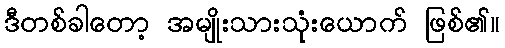
ဒီတစ်ခါတော့ အမျိုးသားသုံးယောက် ဖြစ်၏။